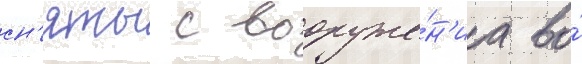
сн'яты с вооруже́н'иа во́